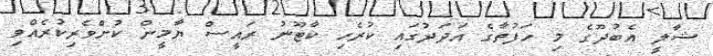
ޝާލީ އެބުދޫގެ މި ހަފުތާގެ އަދަދުގައި ކުރެހި ކާޓޫނު ރައީސް ޔާމީން ކުށްވެރިކުރެއްވި